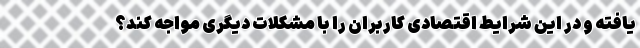
یافته و در این شرایط اقتصادی کاربران را با مشکلات دیگری مواجه کند؟